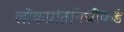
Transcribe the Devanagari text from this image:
लोकप्रतिनिधींकडे